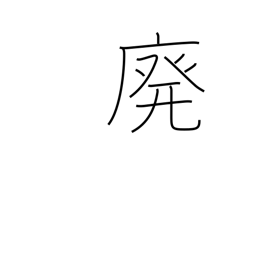
Meaning: abolish